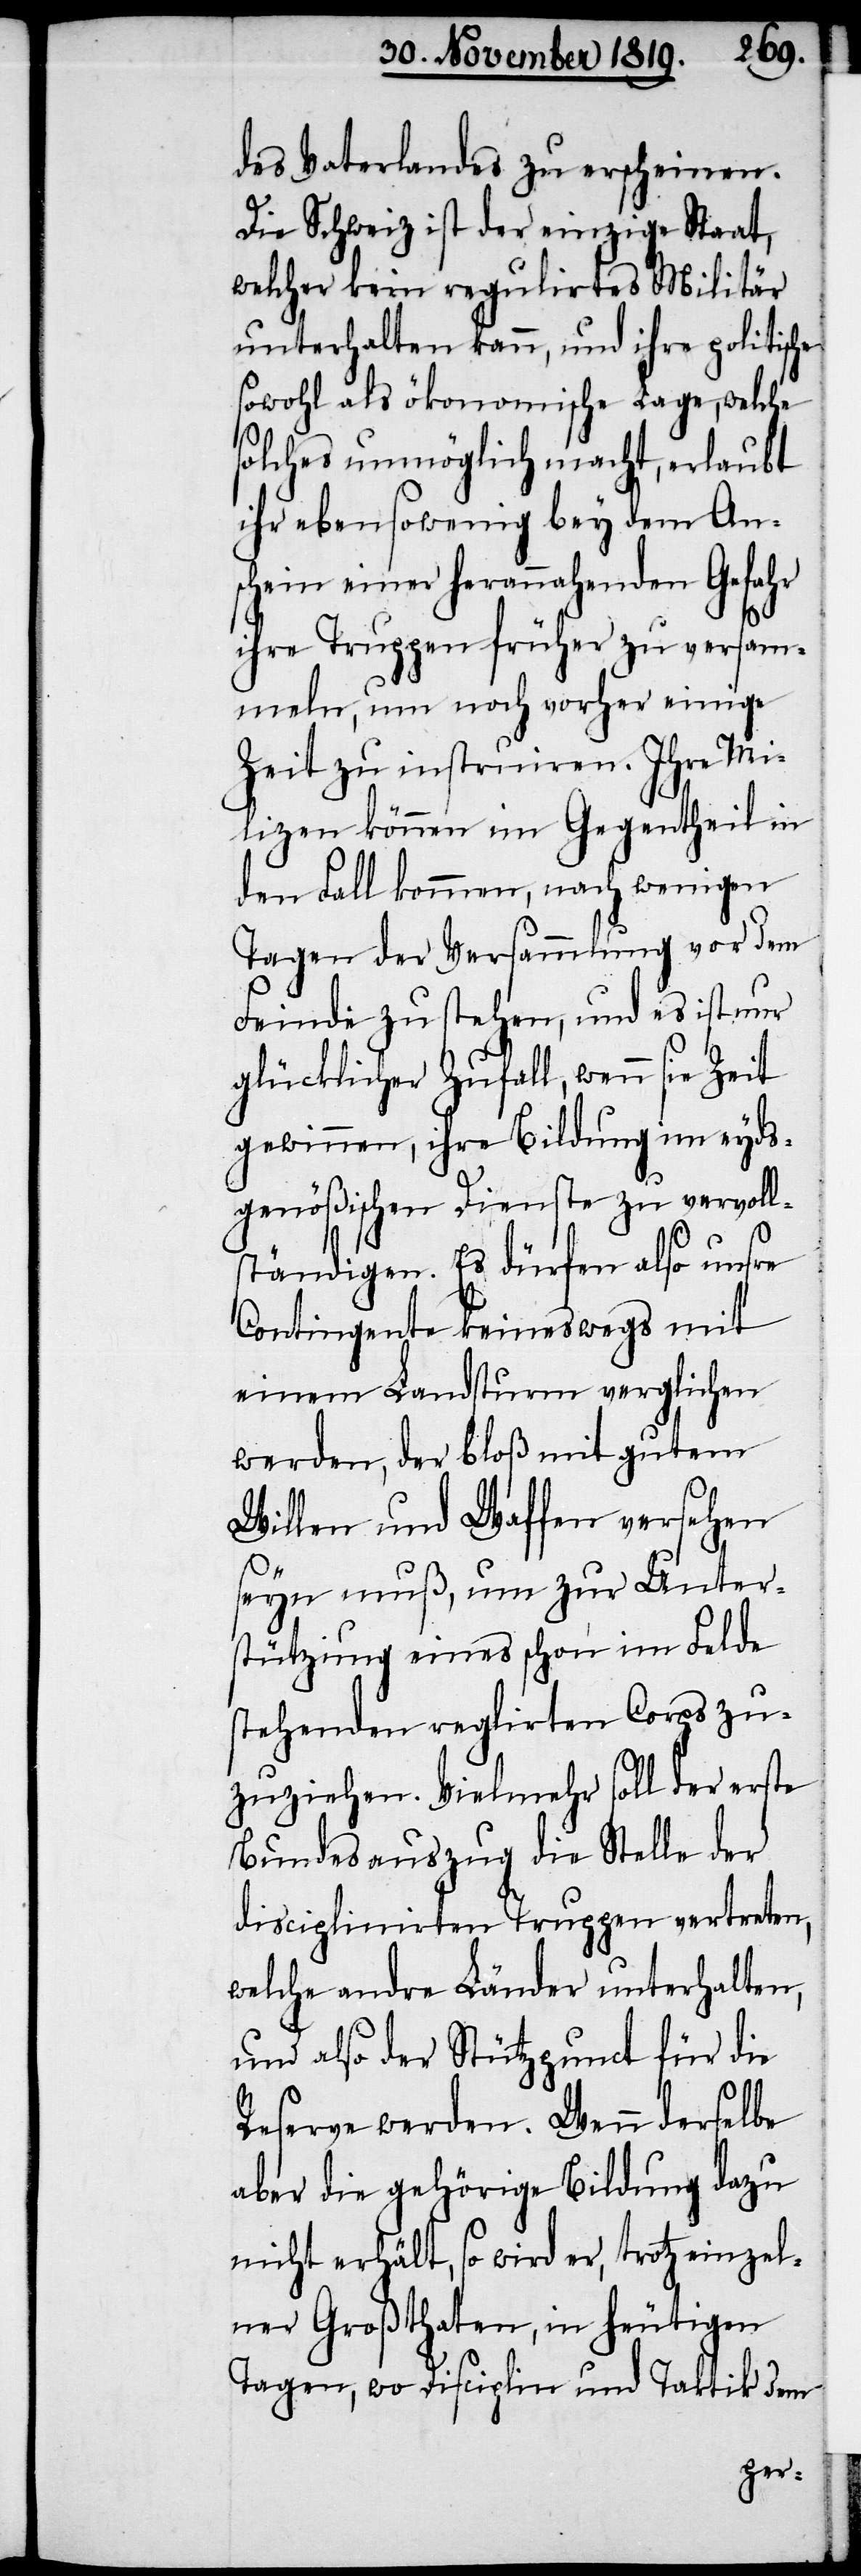
des Vaterlandes zu erscheinen.
Die Schweiz ist der einzige Staat,
welcher kein regulirtes Militär
unterhalten kann, und ihre politische
sowohl als ökonomische Lage, welche
solches unmöglich macht, erlaubt
ihr ebensowenig bey dem An¬
schein einer herannahenden Gefahr
ihre Truppen früher zu versam¬
meln, um noch vorher einige
Zeit zu instruiren. Ihre Mi¬
lizen können im Gegentheil in
den Fall kommen, nach wenigen
Tagen der Versammlung vor dem
Feinde zu stehen, und es ist nur
glücklicher Zufall, wenn sie Zeit
gewinnen, ihre Bildung im eyds¬
genößischen Dienste zu vervoll¬
ständigen. Es dürfen also unsre
Contingente keineswegs mit
einem Landsturm verglichen
werden, der bloß mit gutem
Willen und Waffen versehen
seyn muß, um zur Unter¬
stützung eines schon im Felde
stehenden reglirten Corps zu¬
zuziehen. Vielmehr soll der erste
Bundesauszug die Stelle der
disciplinirten Truppen vertreten,
welche andre Länder unterhalten,
und also der Stützpunct für die
Reserve werden. Wenn derselbe
aber die gehörige Bildung dazu
nicht erhält, so wird er, trotz einzel¬
ner Großthaten, in heutigen
Tagen, wo Disciplin und Taktik dem